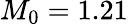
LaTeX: M_{0}=1.21